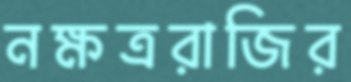
নক্ষত্ররাজির